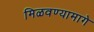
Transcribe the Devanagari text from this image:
मिळवण्यामागे